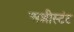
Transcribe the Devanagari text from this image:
अशीस्टंट